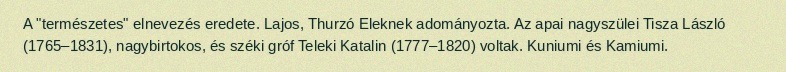
A "természetes" elnevezés eredete. Lajos, Thurzó Eleknek adományozta. Az apai nagyszülei Tisza László (1765–1831), nagybirtokos, és széki gróf Teleki Katalin (1777–1820) voltak. Kuniumi és Kamiumi.